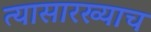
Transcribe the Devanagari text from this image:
त्यासारख्याच